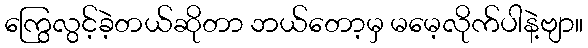
ကြွေလွင့်ခဲ့တယ်ဆိုတာ ဘယ်တော့မှ မမေ့လိုက်ပါနဲ့ဗျာ။